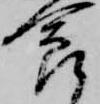
食